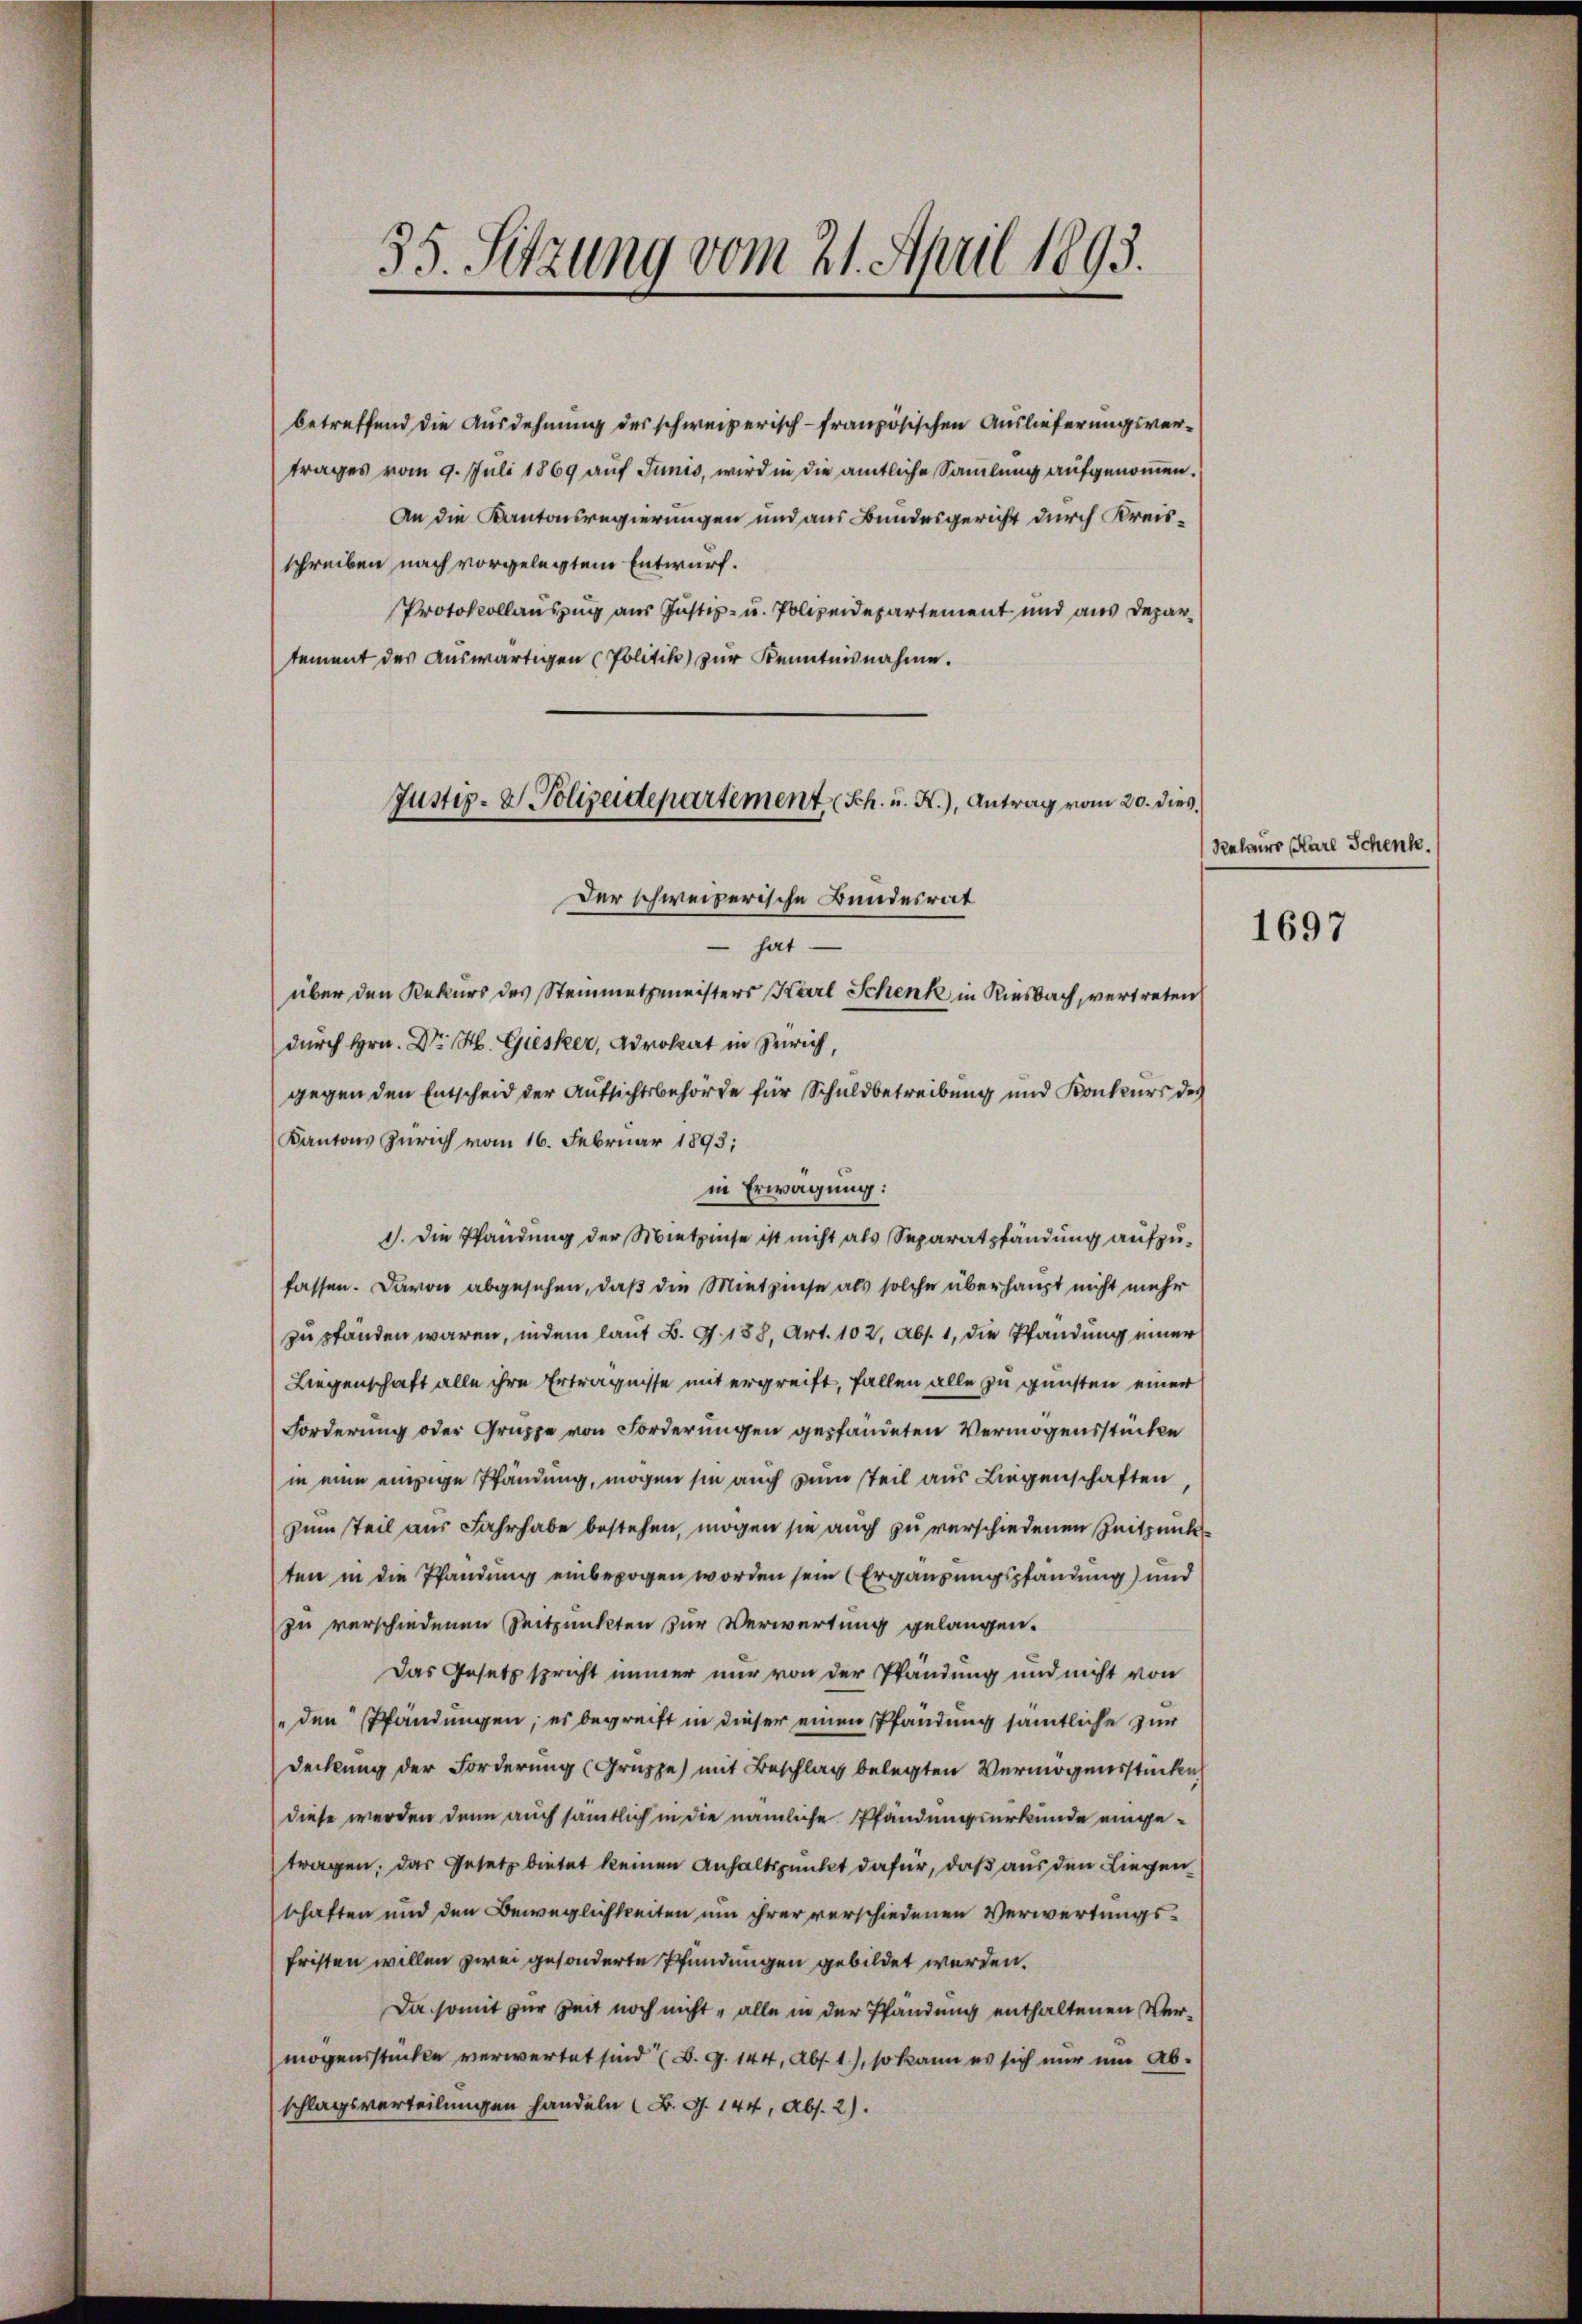
betreffend die Ausdehnung des schweizerisch-französischen Auslieferungsvertrages vom 9. Juli 1869 auf Junis, wird in die amtliche Sammlung aufgenommen.
An die Kantonsregierungen und aus Bundesgericht durch Kreisschreiben nach vorgelegtem Entwurf.
Protokollauszug aus Justiz- u. Polizeidepartement und aus Departement des auswärtigen Politik zur Kenntnisnahme.
durch Hrn. Dr. St. Giesker, Advokat in Zürich,
gegen den Entscheid der Aufsichtsbehörde für Schuldbetreibung und Konkurs des
Kantons Zürich vom 16. Februar 1893;
in Erwägung:
1. Die Pfändung der Mietzinse ist nicht als Separatpfändung aufzufassen. Davon abgesehen, daß die Mietzinse als solche überhaupt nicht mehr
zu standen wären, indem laut B. G. 138, Art. 102, Abs. 1, die Pfandung einer
Liegenschaft alle ihre Erträgnisse mit ergreift, fallen alle zu gunsten einer
Forderung oder Gruppe von Forderungen gepfändeten Vermögensstücken
in eine einzige Pfändung, mögen sie auch zum teil aus Liegenschaften,
zum Teil aus Fahrhabe bestehen, mögen sie auch zu verschiedenen Zeitpunkten in die Pfändung einbezogen worden sein (Ergänzungspfändung) und
zu verschiedenen Zeitpunkten zur Verwertung gelangen.
Das Gesetz spricht immer nur von der Pfändung und nicht von
" den Pfändungen, es begreift in dieser einen Pfändung sämtliche zur
Deckung der Forderung (Gruppe mit Beschlag belegten Vermögensstücken
diese werden denn auch sämtlich in die nämliche Pfändungsurkunde eingetragen, das Gesetz bietet keinen Anhaltspunkt dafür, daß aus den Liegen
schaften und den Beweglichkeiten um ihrer verschiedenen Verwertungsfristen willen zwei gesonderte Pfundungen gebildet werden.
Da somit zur Zeit noch nicht alle in der Pfändung enthaltenen Vermögensstücke verwertet sind (B. G. 144, Abs. 1.), so kann es sich nur um Ab-
schlagsverteilungen handeln (B. G. 144, Abs. 2).

35. Sitzung vom 21. April 1893.

Justiz- & Polizeidepartement Sch. u. A.), Antrag vom 20. dies
Der schweizerische Bundesrat
hat
über den Rekurs des Steinmetzmeisters Karl Schenk in Riesbach, vertreten

Relours (Karl Schenk.

1697